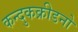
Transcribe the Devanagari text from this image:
कन्दुकक्रीडनो